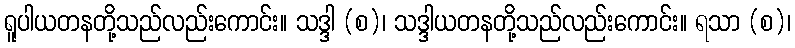
ရူပါယတနတို့သည်လည်းကောင်း။ သဒ္ဒါ (စ)၊ သဒ္ဒါယတနတို့သည်လည်းကောင်း။ ရသာ (စ)၊